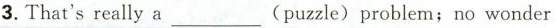
3. That's really a___(puzzle) problem；no wonder